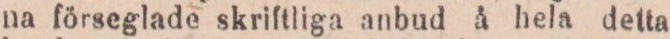
na förseglade skriftliga anbud å hela detta